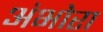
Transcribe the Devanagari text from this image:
अंभोरा